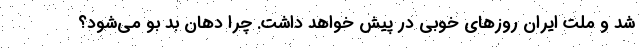
شد و ملت ایران روزهای خوبی در پیش خواهد داشت. چرا دهان بد بو می‌شود؟